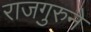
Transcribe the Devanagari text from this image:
राजगुरुने